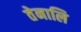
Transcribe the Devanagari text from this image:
तेनालि